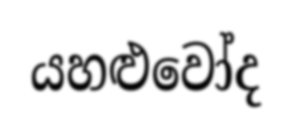
යහළුවෝද